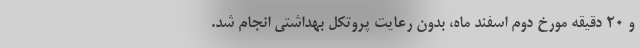
و ۲۰ دقیقه مورخ دوم اسفند ماه، بدون رعایت پروتکل بهداشتی انجام شد.